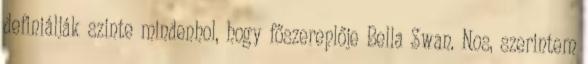
definiálják szinte mindenhol, hogy főszereplője Bella Swan. Nos, szerintem